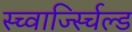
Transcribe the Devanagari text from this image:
स्च्वार्ज्स्चिल्ड